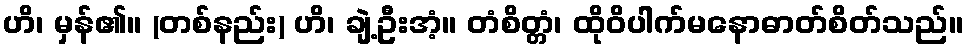
ဟိ၊ မှန်၏။ (တစ်နည်း) ဟိ၊ ချဲ့ဦးအံ့။ တံစိတ္တံ၊ ထိုဝိပါက်မနောဓာတ်စိတ်သည်။